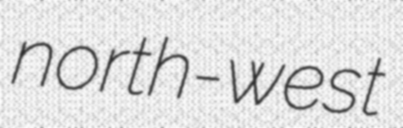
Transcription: north-west